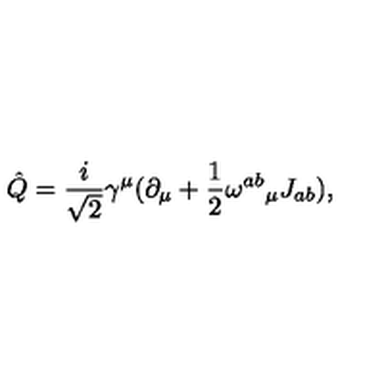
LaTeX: \hat { Q } = \frac { i } { \sqrt { 2 } } \gamma ^ { \mu } ( \partial _ { \mu } + \frac { 1 } { 2 } { \omega ^ { a b } } _ { \mu } J _ { a b } ) ,